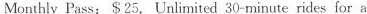
Monthly Pass: $25. Unlimited 30-minute rides for a